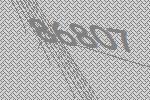
86807